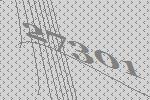
27301